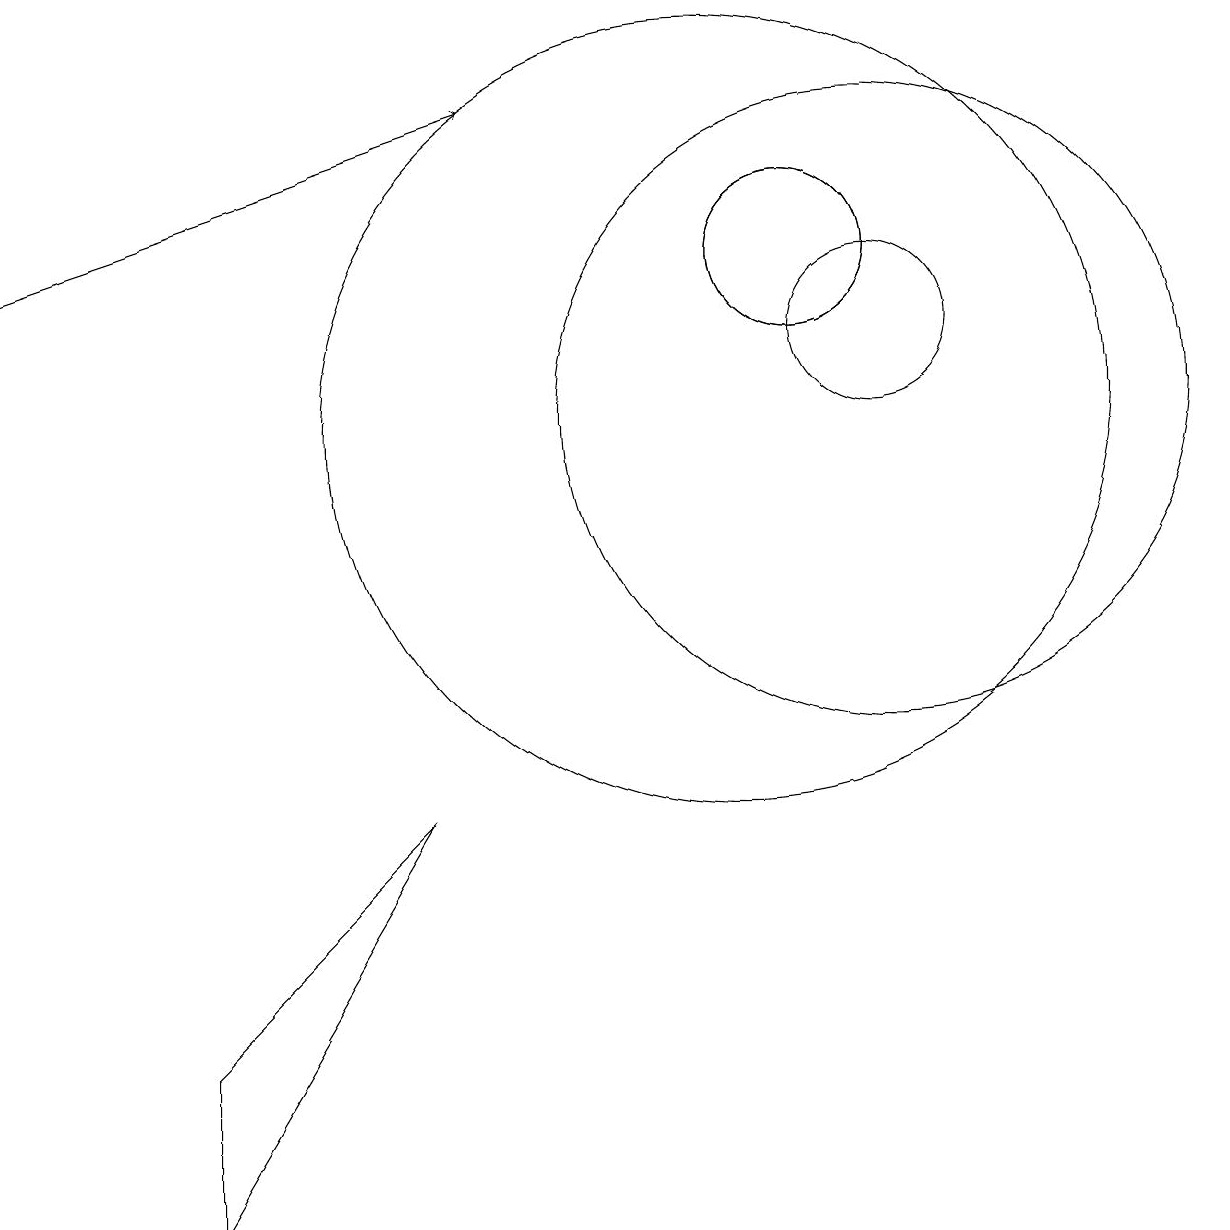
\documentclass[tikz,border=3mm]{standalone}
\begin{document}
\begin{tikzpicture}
\draw (11,12) circle (1);
\draw[->] (1,12) -- (7,14);
\draw (11,12) circle (1);
\draw (12,11) circle (1);
\draw (12,10) circle (4);
\draw (10,10) circle (5);
\draw (3,0) -- (6,5) -- (3,2) -- cycle;
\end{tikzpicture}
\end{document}